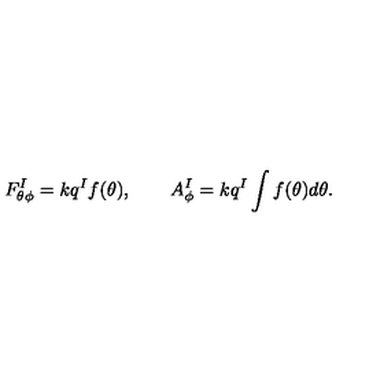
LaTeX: F _ { \theta \phi } ^ { I } = k q ^ { I } f ( \theta ) , \qquad A _ { \phi } ^ { I } = k q ^ { I } \int f ( \theta ) d \theta .